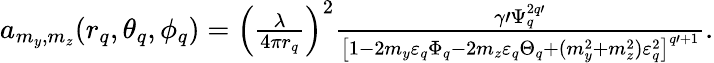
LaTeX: \begin{array}{r}{a_{m_{y},m_{z}}(r_{q},\theta_{q},\phi_{q})=\left(\frac{\lambda}{4\pi r_{q}}\right)^{2}\frac{\gamma\prime\Psi_{q}^{2q\prime}}{\left[1-2m_{y}\varepsilon_{q}\Phi_{q}-2m_{z}\varepsilon_{q}\Theta_{q}+(m_{y}^{2}+m_{z}^{2})\varepsilon_{q}^{2}\right]^{q\prime+1}}.}\end{array}